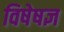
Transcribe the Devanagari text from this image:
विषेषज्ञ